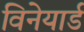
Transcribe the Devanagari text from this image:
विनेयार्ड